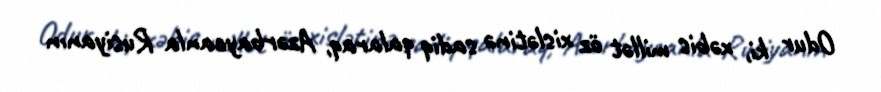
Odur ki, xəbis millət öz xislətinə sadiq qalaraq, Azərbaycanla Rusiyanın